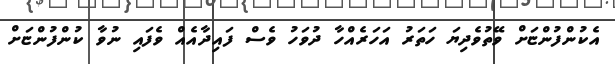
އެކުންފުންޏަށް ވޭތުވެދިޔަ ހަތަރު އަހަރެއްހާ ދުވަހު ވެސް ފައިދާއެއް ވެފައި ނުވާ ކުންފުންޏަށް